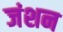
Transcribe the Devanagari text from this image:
जंशन